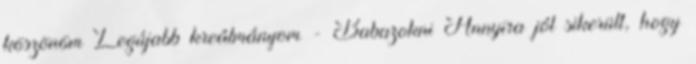
köszönöm Legújabb kreálmányom - Babazokni Annyira jól sikerült, hogy